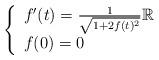
LaTeX: \begin{align*}\left\{ \begin{array}{ll}f'(t)= \frac{1}{\sqrt{1+2f(t)^2}} \mathbb{R} \\ f(0)=0 \end{array}\right. \end{align*}